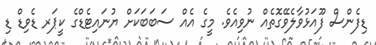
ޑިފެންސް ފޫއަޅުވާލެވޭގޮތެއް ނުވިއެވެ. މީގެ އެއް ސަބަބަކަށް ޔުނައިޓެޑްގެ ކީޕަރ ޑެވިޑް ޑި